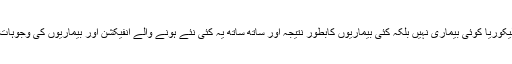
سیلان رحم یالیکوریا کوئی بیماری نہیں بلکہ کئی بیماریوں کابطور نتیجہ اور ساتھ ساتھ یہ کئی نئے ہونے والے انفیکشن اور بیماریوں کی وجوہات ہوسکتی ہے۔